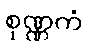
စုဏ္ဏကံ